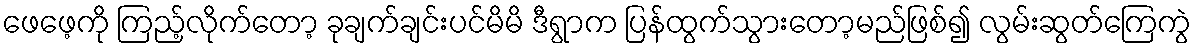
ဖေဖေ့ကို ကြည့်လိုက်တော့ ခုချက်ချင်းပင်မိမိ ဒီရွာက ပြန်ထွက်သွားတော့မည်ဖြစ်၍ လွမ်းဆွတ်ကြေကွဲ